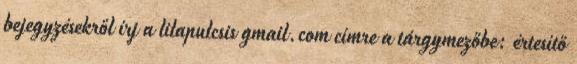
bejegyzésekről írj a lilapulcsis gmail.com címre a tárgymezőbe: értesítő